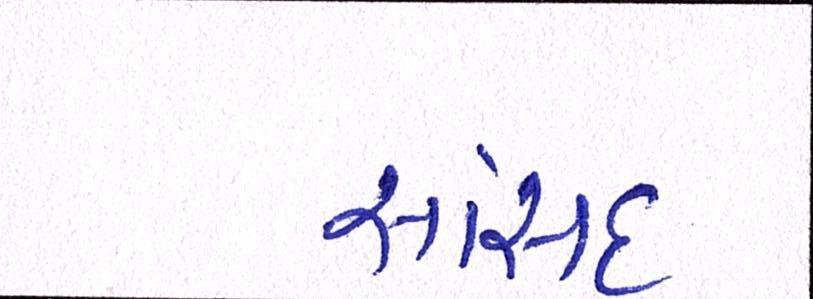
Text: સાંસદ